system: You are a helpful assistant.
user:
Analyze the provided spectrum to determine if it is a **S-type Star**.

- **Key Indicators for S-type Star:**

    - **(Overall Spectrum Shape):** The first and most obvious characteristic is the overall continuum (the "baseline" shape). It is **extremely "red-sloping,"** meaning the flux (light intensity) is very low on the left side (blue, ~4000-4500 Å) and rises steeply and continuously toward the right side (red, ~7000 Å+).

    - **(Primary):** The spectrum is defined by the presence of strong, broad molecular absorption "valleys" (bands) from **Zirconium Oxide (ZrO)**. The identification of these bands is the **primary requirement** for classifying a star as S-type.
        - **(Key Bandheads):** You must find distinct, deep "dips" where the light has been absorbed. The most critical band systems to locate are:
            - **~6474 Å** ($\gamma$-system): This is often the strongest and clearest ZrO feature, found in the red part of the spectrum.
            - **~5718 Å** & **~5551 Å** ($\beta$-system): A pair of prominent absorption features in the yellow-orange part of the spectrum.
            - **~4640 Å** ($\alpha$-system): A key absorption band system in the blue-green region of the spectrum.

    - **(Secondary Confirmation):** The classification is strengthened by finding additional absorption bands from other related heavy element oxides, which are expected to be present alongside ZrO.
        - **(Key Bandheads):**
            - **Yttrium Oxide (YO):** Look for absorption dips near **~4800 Å** and **~6100 Å**.
            - **Lanthanum Oxide (LaO):** Additional absorption features, particularly in the red-orange part of the spectrum, are also characteristic.

    - **(Line Profile):** The combination of the steep red continuum and these numerous, deep molecular bands (ZrO, YO, etc.) gives the entire spectrum a very **"chopped-up"** or **"bumpy"** appearance. Instead of a smooth curve, the spectrum looks as though large, wide chunks of light have been "carved out" of it at the specific wavelengths listed above.

Think first, call **spectral_visualization_tool** if needed to examine features in detail, then provide your final answer. Your response must adhere to the following strict rules:
1.  **Overall Structure:** Your response must follow the format `<think>...</think> <tool_call>...</tool_call> (if a tool is used) <answer>...</answer>`.
2.  **Tool Usage Constraint:** You may only make **one** tool call per turn.
3.  **Final Answer Format:** In the `<answer>` tag, your conclusion must be inside a `\boxed{}` command (e.g., `\boxed{YES}` or `\boxed{NO}`), followed by your justification.

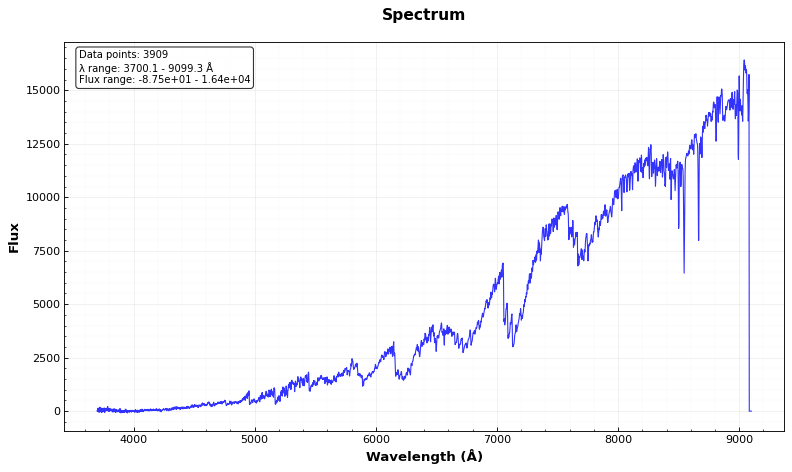
Answer: YES